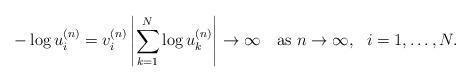
LaTeX: \begin{align*}-\log u_i^{(n)} = v_i^{(n)}\left|\sum_{k=1}^N\log u_k^{(n)} \right|\to \infty\quad\mbox{as }n\to\infty,~~ i=1,\ldots,N.\end{align*}